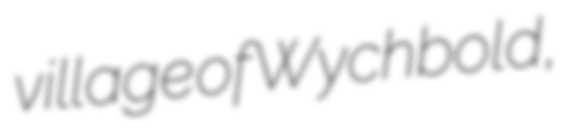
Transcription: village of Wychbold,